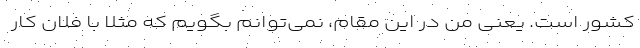
کشور است. یعنی من در این مقام، نمی‌توانم بگویم که مثلا با فلان کار